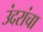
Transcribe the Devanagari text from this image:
उंदरांचा